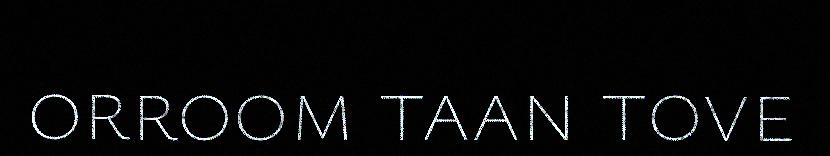
orroom taan tove